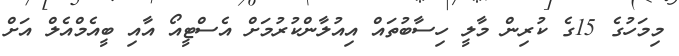
މިމަހުގެ 15ގެ ކުރިން މާލީ ހިސާބުތައް އިއުލާންކުރުމަށް އެސްޓީއޯ އާއި ބީއެމްއެލް އަށް